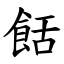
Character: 餂